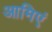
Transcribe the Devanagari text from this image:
आमिएं